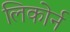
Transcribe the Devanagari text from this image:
लिकोर्न